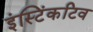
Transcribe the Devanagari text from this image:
इंस्टिंकटिव